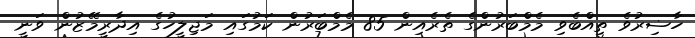
ހާޟިރުވެ ތިއްބެވި މެމްބަރުންގެ ތެރެއިން 85 މެމްބަރުން ކަމުގައި މަޖިލީހުގެ އިދާރީމޭޒުން ވަނީ